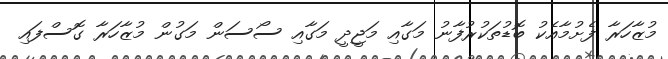
މުޒާހަރާ ފެށުމާއެކު ބޮޑުތަކުރުފާނު މަގާއި މަޖީދީ މަގާއި ސޯސަން މަގުން މުޒާހަރާ ގޮސްފައި